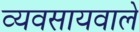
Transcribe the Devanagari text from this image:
व्यवसायवाले